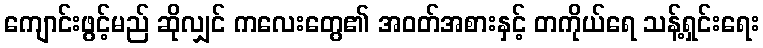
ကျောင်းဖွင့်မည် ဆိုလျှင် ကလေးတွေ၏ အဝတ်အစားနှင့် တကိုယ်ရေ သန့်ရှင်းရေး